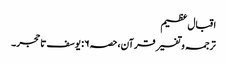
اقبال عظیم
ترجمہ و تفسیر قرآن،حصہ۶: یوسف تا حجر۔